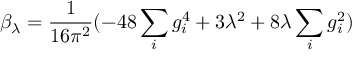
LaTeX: \beta _ { \lambda } = \frac { 1 } { 1 6 \pi ^ { 2 } } ( - 4 8 \sum _ { i } g _ { i } ^ { 4 } + 3 \lambda ^ { 2 } + 8 \lambda \sum _ { i } g _ { i } ^ { 2 } )